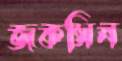
জকসিন